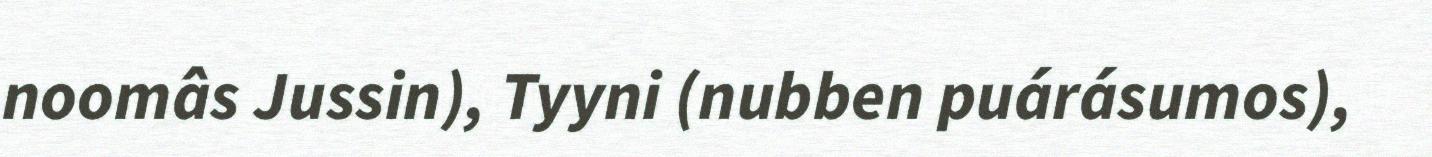
noomâs Jussin), Tyyni (nubben puárásumos),